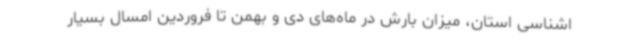
اشناسی استان، میزان بارش در ماه‌های دی و بهمن تا فروردین امسال بسیار